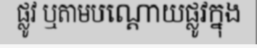
ផ្លូវ ឬតាមបណ្តោយផ្លូវក្នុង